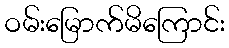
ဝမ်းမြောက်မိကြောင်း